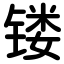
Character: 镂